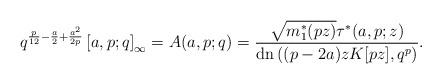
LaTeX: \begin{align*}q^{\frac{p}{12}-\frac{a}{2}+\frac{a^2}{2p}}\left[a,p;q\right]_{\infty}=A(a,p;q)=\frac{\sqrt{m_1^{*}(pz)}\tau^{*}(a,p;z)}{\textrm{dn}\left((p-2a)zK[pz],q^p\right)}.\end{align*}